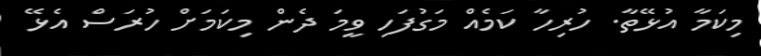
މިކަމާ އުޅޭތާ. ހުރިހާ ކަމެއް މަގުފަހި ވީމަ ދެން މިކަމަށް ހުރަސް އެޅޭ